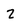
Character: 2